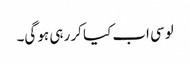
لوسی اب کیا کر رہی ہو گی۔